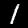
Digit: 1